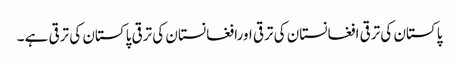
پاکستان کی ترقی افغانستان کی ترقی اورافغانستان کی ترقی پاکستان کی ترقی ہے ۔